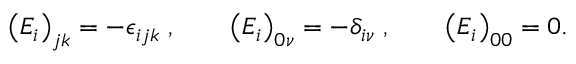
\left( E _ { i } \right) _ { j k } = - \epsilon _ { i j k } \; , \qquad \left( E _ { i } \right) _ { 0 \nu } = - \delta _ { i \nu } \; , \qquad \left( E _ { i } \right) _ { 0 0 } = 0 .